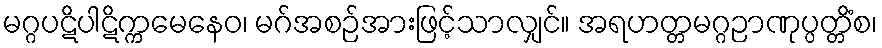
မဂ္ဂပဋိပါဋိက္ကမေနေဝ၊ မဂ်အစဉ်အားဖြင့်သာလျှင်။ အရဟတ္တမဂ္ဂဉာဏုပ္ပတ္တိံစ၊